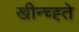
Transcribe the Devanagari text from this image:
खीन्च्ह्ते